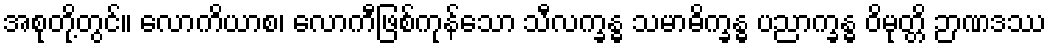
အစုတို့တွင်။ လောကိယာစ၊ လောကီဖြစ်ကုန်သော သီလက္ခန္ဓ သမာဓိက္ခန္ဓ ပညာက္ခန္ဓ ဝိမုတ္တိ ဉာဏဒဿ